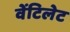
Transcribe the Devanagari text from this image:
वेंटिलेट